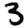
Digit: 3